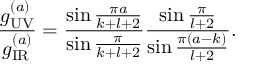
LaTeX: { \frac { g _ { \tiny \mathrm { U V } } ^ { ( a ) } } { g _ { \tiny \mathrm { I R } } ^ { ( a ) } } } = { \frac { \sin { \frac { \pi a } { k + l + 2 } } } { \sin { \frac { \pi } { k + l + 2 } } } } { \frac { \sin { \frac { \pi } { l + 2 } } } { \sin { \frac { \pi ( a - k ) } { l + 2 } } } } .